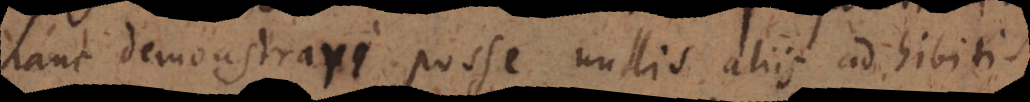
hanc demonstrari posse nullis aliis adhibitis